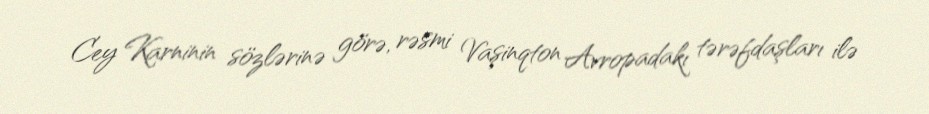
Cey Karninin sözlərinə görə, rəsmi Vaşinqton Avropadakı tərəfdaşları ilə